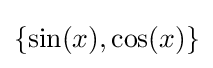
\{\sin(x),\cos(x)\}